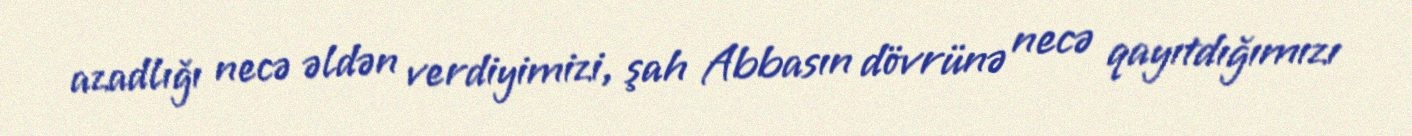
azadlığı necə əldən verdiyimizi, şah Abbasın dövrünə necə qayıtdığımızı